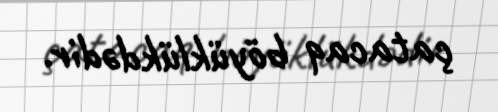
çatacaq böyüklükdədir.